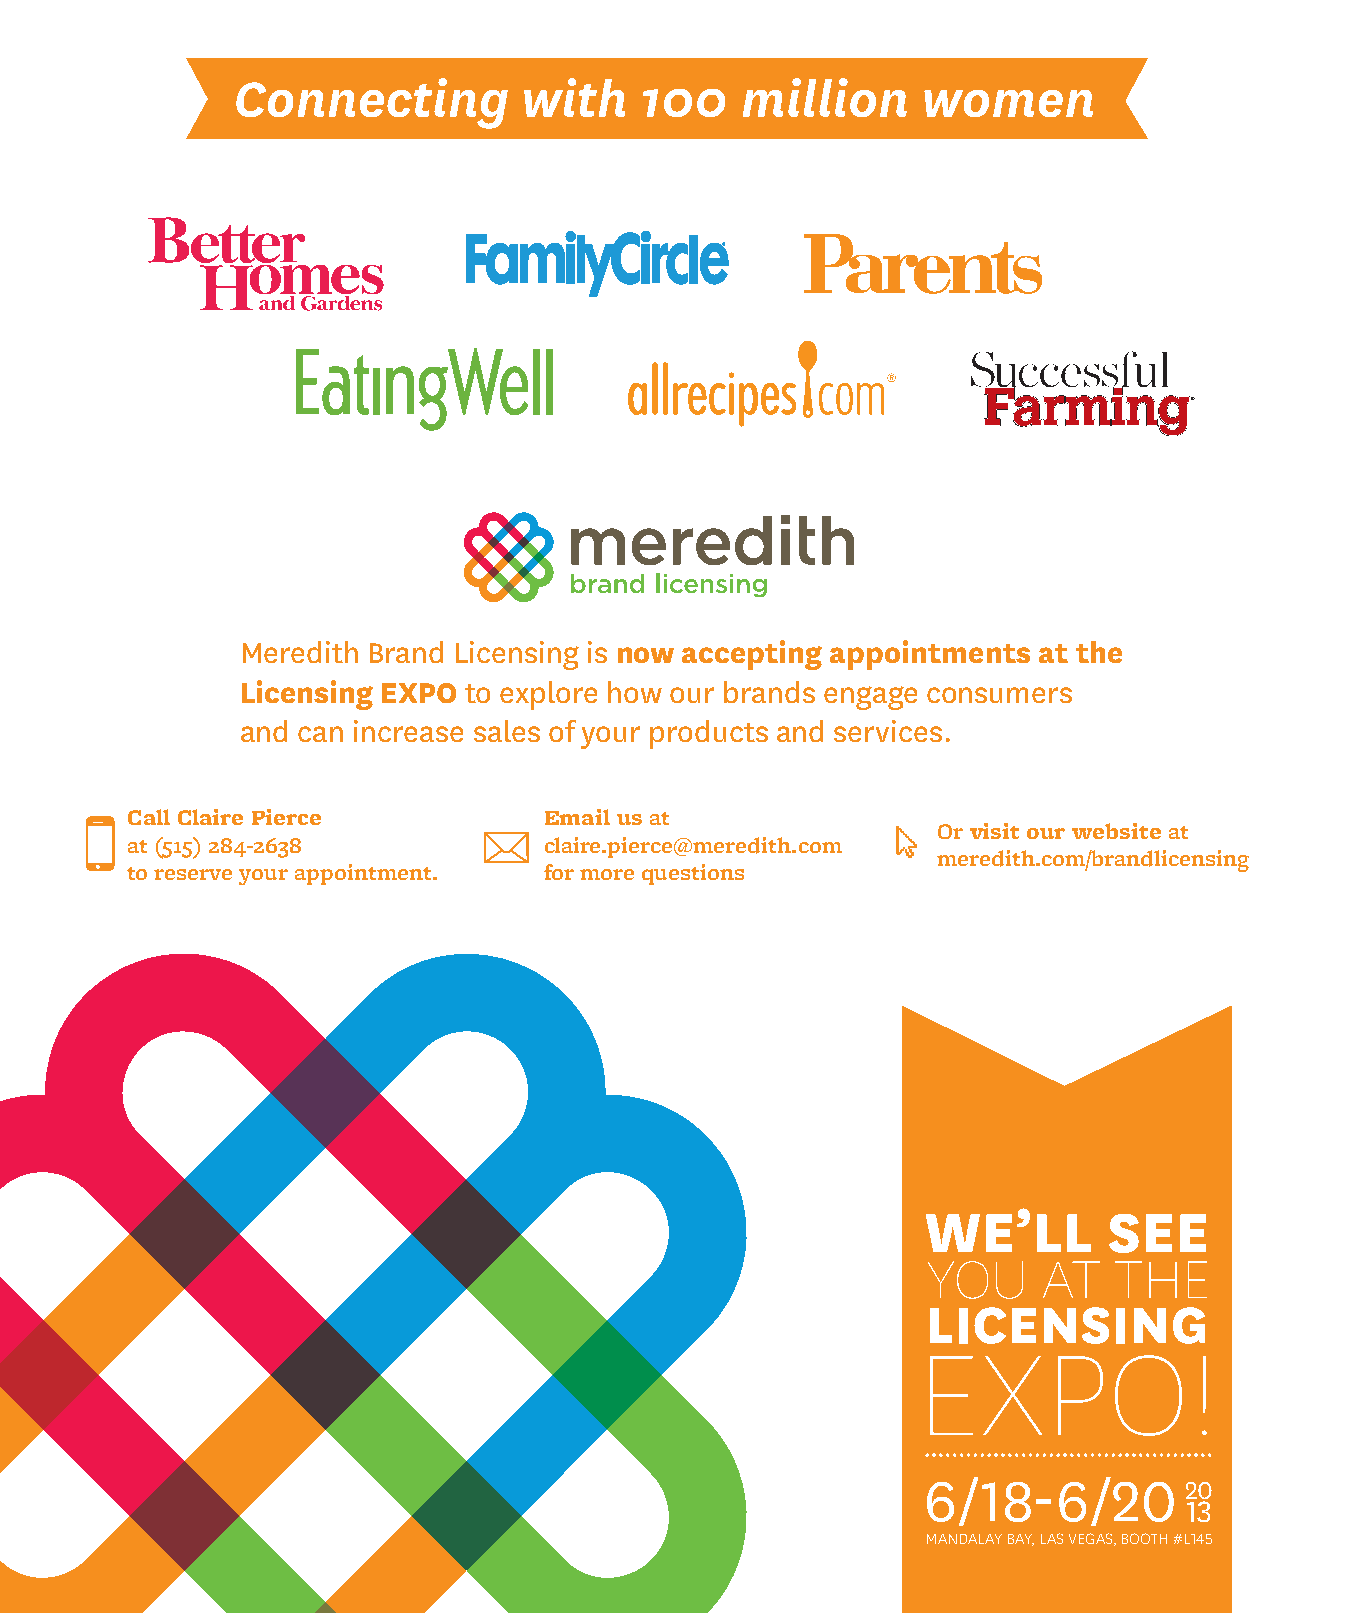
Connecting         with    100    million     women
 ®
 ®
 Meredith Brand Licensing is now accepting appointments at the
 Licensing EXPO to explore how our brands engage consumers
 and can increase sales of your products and services.
 Call Claire Pierce          Email us at
 Or visit our website at
 at (515) 284-2638           claire.pierce@meredith.com
 meredith.com/brandlicensing
 to reserve your appointment. for more questions
 WE’LL       SEE
 YOU     AT  THE
 ELICXENPSOING!
 6/18-6/20
 20
 13
 MANDALAY BAY, LAS VEGAS, BOOTH #L145
 mbcyyelaaallcgonkewnta                         ES246296_LIC0513_017_FP.pgs 05.03.2013 22:46 ADV